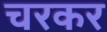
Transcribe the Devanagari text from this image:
चरकर